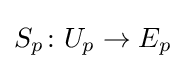
S_{p}\colon U_{p}\to E_{p}